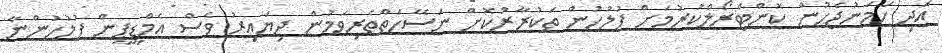
އަދި ހަމަނުޖެހުން ކޮންޓްރޯލްކުރުމަށް ފުލުހުން ތަކުރާރުކޮށް ނަސޭހަތްތެރިވަމުން ދިޔައިރު ވެސް އެމްޑީޕީން ފުލުހުންނާ